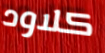
كلاود